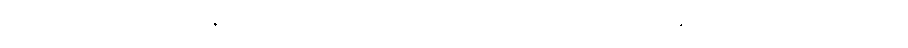
တပါးသော။ သမယေန၊ အခါ၌။ အာရညကော စ၊ အရညကင်ဓုတင် ဆောက်တည်သည်လည်း။